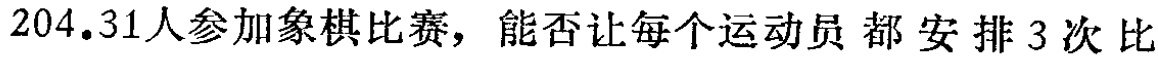
$204.31人参加象棋比赛，能否让每个运动员都安排3次比$